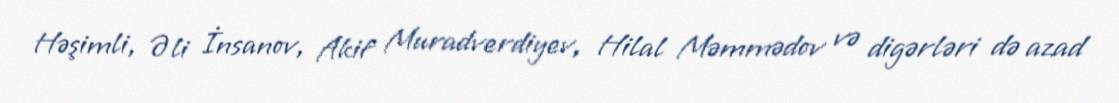
Həşimli, Əli İnsanov, Akif Muradverdiyev, Hilal Məmmədov və digərləri də azad